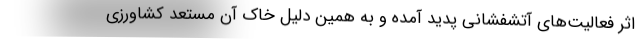
اثر فعالیت‌های آتشفشانی پدید آمده و به همین دلیل خاک آن مستعد کشاورزی